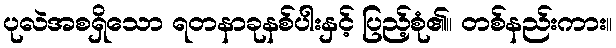
ပုလဲအစရှိသော ရတနာခုနစ်ပါးနှင့် ပြည့်စုံ၏။ တစ်နည်းကား။